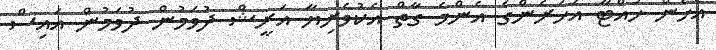
އެހެން ހުއްޓާ އަހަރެންގެ އެންމެ ގާތް އެކުވެރިޔާ އަރީޝް ދުވަމުން ދުވަމުން އައިސް